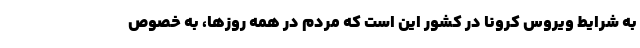
به شرایط ویروس کرونا در کشور این است که مردم در همه روزها، به خصوص